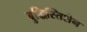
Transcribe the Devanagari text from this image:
बुद्धिस्तिशेन